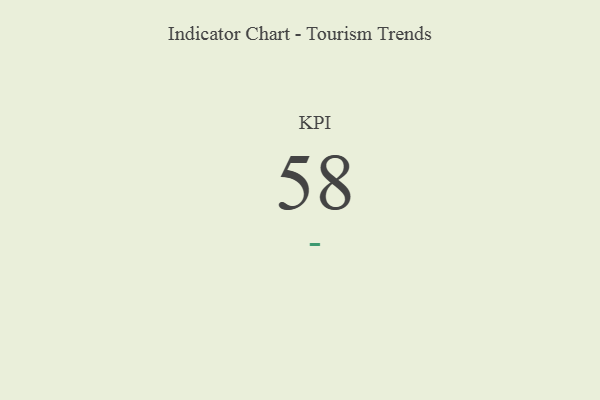
{"axis": {"x": "KPI", "y": "Value"}, "legend": [""], "data": [{"x": "KPI", "y": 58, "type": ""}]}